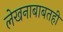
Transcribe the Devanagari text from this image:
लेखनाबाबतही